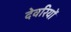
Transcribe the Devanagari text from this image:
देवरियों